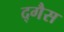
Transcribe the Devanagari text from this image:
द्गैस